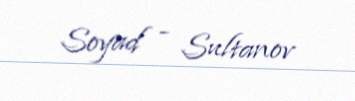
Soyad - Sultanov